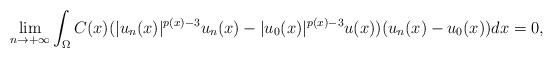
LaTeX: \begin{align*}\displaystyle \lim_{n\rightarrow +\infty}\displaystyle \int_{\Omega}C(x)(|u_{n}(x)|^{p(x)-3}u_{n}(x)-|u_{0}(x)|^{p(x)-3}u(x))(u_{n}(x)-u_{0}(x))dx=0, \end{align*}